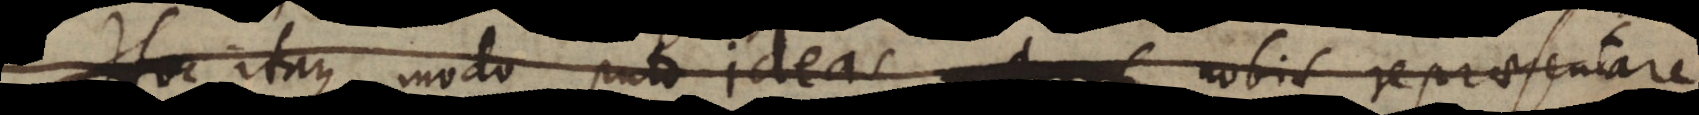
Hoc itaque modo puto ideas nobis repraesentare